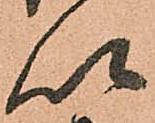
以